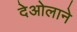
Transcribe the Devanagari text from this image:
देओलाने